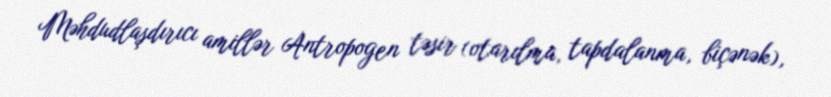
Məhdudlaşdırıcı amillər Antropogen təsir (otarılma, tapdalanma, biçənək),